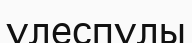
үлеспұлы